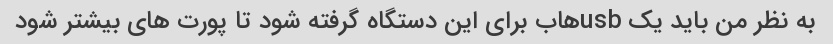
به نظر من باید یک usbهاب برای این دستگاه گرفته شود تا پورت های بیشتر شود